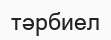
тәрбиел